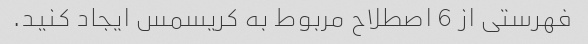
فهرستی از 6 اصطلاح مربوط به کریسمس ایجاد کنید.